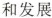
和发展